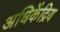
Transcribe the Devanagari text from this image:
अधिकेंद्रिय